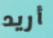
أريد